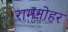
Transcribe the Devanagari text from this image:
रामनोहर